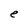
Character: e